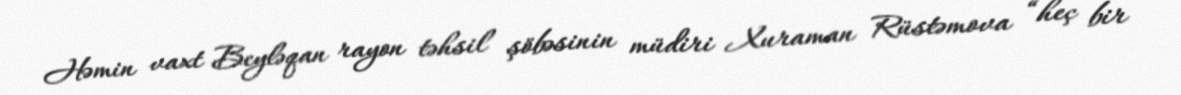
Həmin vaxt Beyləqan rayon təhsil şöbəsinin müdiri Xuraman Rüstəmova “heç bir